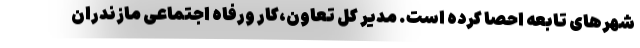
شهرهای تابعه احصا کرده است. مدیر کل تعاون،کار ورفاه اجتماعی مازندران